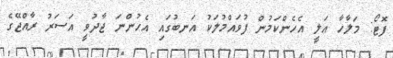
ފޮޓޯ: މަލާހާ އަލީ އެހެންކަމުން ފުވައްމުލަކު އަނބުގައި އެހުންނަ ޖާދުވީ އަސަރު ރާއްޖޭގެ